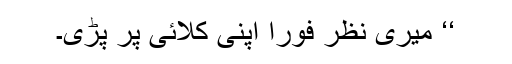
‘‘ میری نظر فوراً اپنی کلائی پر پڑی۔